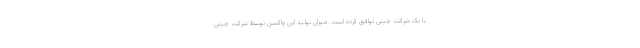
با یک شرکت چینی توافق کرده است. میزان تولید این واکسن توسط شرکت چینی